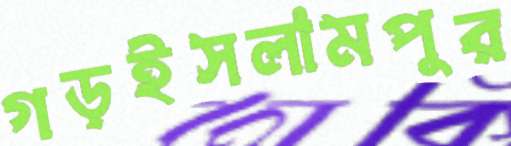
গড়ইসলামপুর